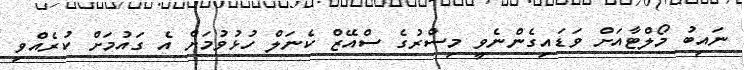
ނައިބު މޯލްޓާއަށް ވަޑައިގެންނެވީ މިސްރުގެ ސްއޭޒް ކެނަލް ހުޅުވުމަށް އެ ގައުމަށް ކުރެއްވި